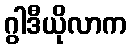
ဂွါဒီယိုလာက